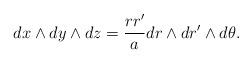
LaTeX: \begin{align*} d x \wedge d y \wedge d z = {r r' \over a} d r \wedge d r' \wedge d \theta. \end{align*}